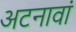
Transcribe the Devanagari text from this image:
अटनावां